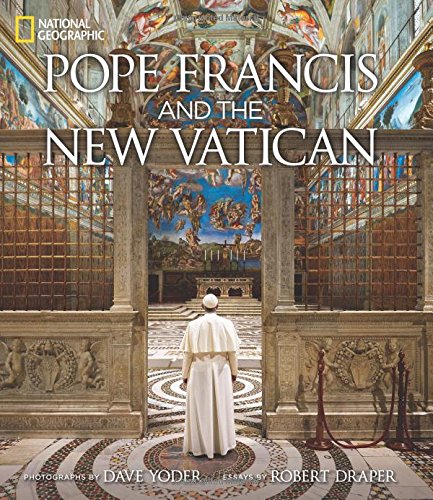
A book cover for Pope Francis and the New Vatican; Robert Draper; Christian Books & Bibles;